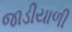
જાડીયાળી